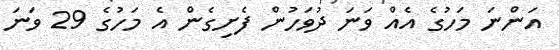
އަންނަ މަހުގެ އެއް ވަނަ ދުވަހުން ފެށިގެން އެ މަހުގެ 29 ވަނަ